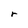
Character: r